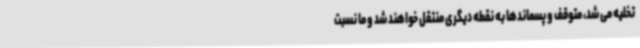
تخلیه می شد، متوقف و پسماندها به نقطه دیگری منتقل خواهند شد و ما نسبت